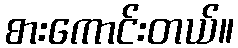
စားကောင်းတယ်။